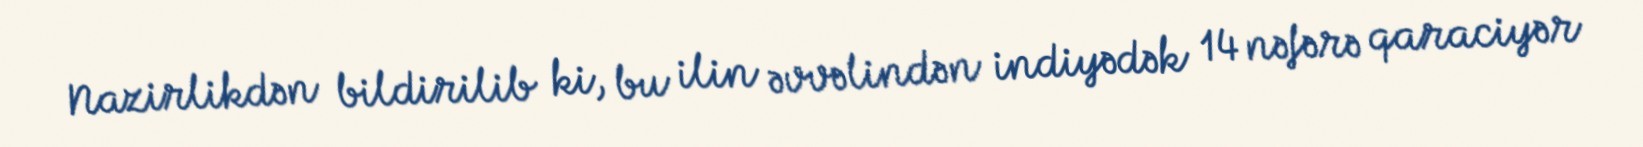
Nazirlikdən bildirilib ki, bu ilin əvvəlindən indiyədək 14 nəfərə qaraciyər